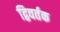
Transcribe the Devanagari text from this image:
द्विवर्तक